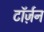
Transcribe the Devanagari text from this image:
टॉर्ज़न